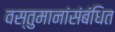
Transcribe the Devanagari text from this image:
वस्तुमानांसंबंधित